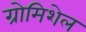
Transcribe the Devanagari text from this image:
ग्रोमिशेल